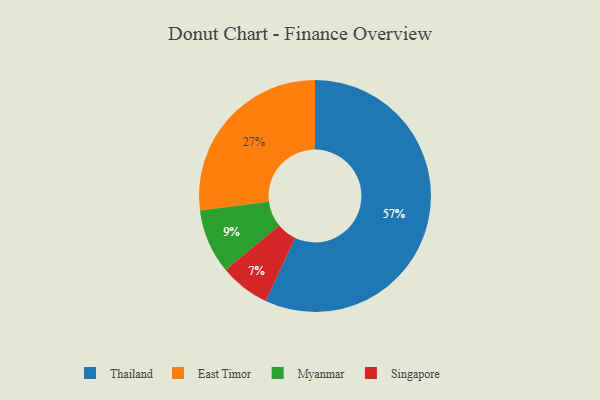
{"axis": {"x": "Category", "y": "Percentage"}, "legend": ["East Timor", "Myanmar", "Singapore", "Thailand"], "data": [{"x": "Thailand", "y": 57, "type": "Thailand"}, {"x": "East Timor", "y": 27, "type": "East Timor"}, {"x": "Myanmar", "y": 9, "type": "Myanmar"}, {"x": "Singapore", "y": 7, "type": "Singapore"}]}